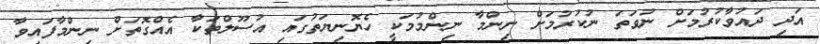
އަދި ދައުވާކުރުމަށް ނުވަތަ ނުކުރުމަށް ނިންމާ ނިންމުމަކީ ހެޔޮނިޔަތުގައި އުސޫލްތަކާ އެއްގޮތަށް ނިންމާފައިވާ